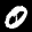
Label: 0